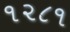
૧૨૮૧